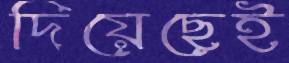
দিয়েছেই